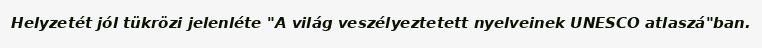
Helyzetét jól tükrözi jelenléte "A világ veszélyeztetett nyelveinek UNESCO atlaszá"ban.